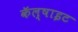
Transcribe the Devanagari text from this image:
कॅल्षाइट